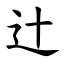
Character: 辻